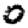
Digit: 0